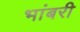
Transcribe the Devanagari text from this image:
भांबरी